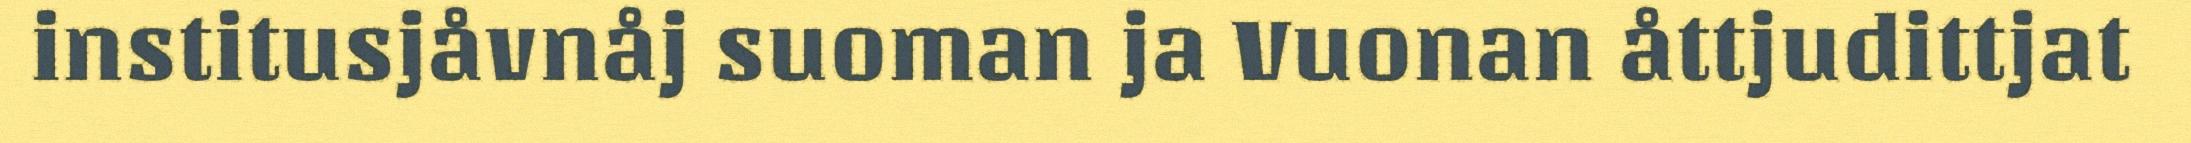
institusjåvnåj suoman ja Vuonan åttjudittjat